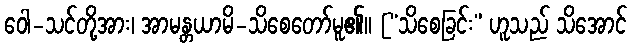
ဝေါ-သင်တို့အား၊ အာမန္တယာမိ-သိစေတော်မူ၏။ [“သိစေခြင်း” ဟူသည် သိအောင်